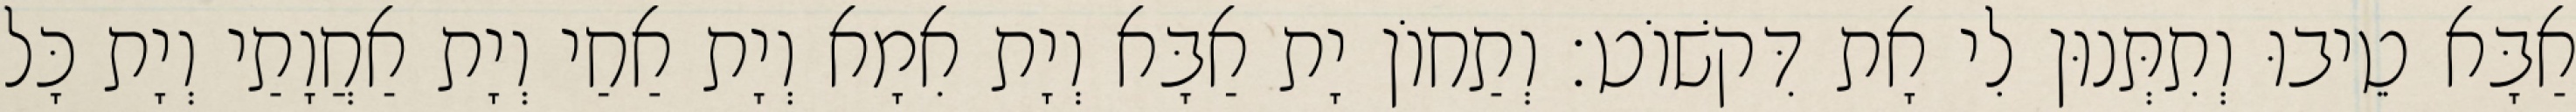
אַבָּא טֵיבוּ וְתִתְּנוּן לִי אָת דִּקשׁוֹט׃ וְתַחוֹן יָת אַבָּא וְיָת אִמָא וְיָת אַחַי וְיָת אַחֲוָתַי וְיָת כָּל